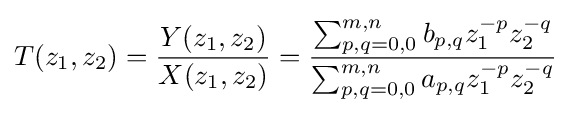
T(z_{1},z_{2})={Y(z_{1},z_{2}) \over X(z_{1},z_{2})}={\sum _{p,q=0,0}^{m,n}b_{p,q}z_{1}^{-p}z_{2}^{-q} \over \sum _{p,q=0,0}^{m,n}a_{p,q}z_{1}^{-p}z_{2}^{-q}}